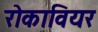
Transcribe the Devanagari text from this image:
रोकावियर